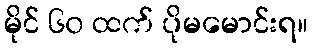
မိုင် ၆၀ ထက် ပိုမမောင်းရ။